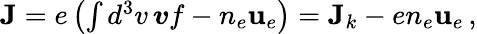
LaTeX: \begin{array}{r}{\textbf{J}=e\left(\int d^{3}v\, \boldsymbol{v}f-n_{e}\textbf{u}_{e}\right)=\textbf{J}_{k}-en_{e}\textbf{u}_{e}\, ,}\end{array}